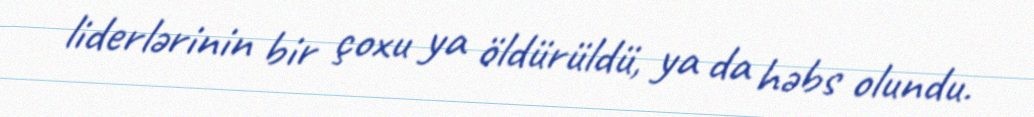
liderlərinin bir çoxu ya öldürüldü, ya da həbs olundu.